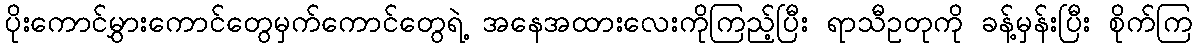
ပိုးကောင်မွှားကောင်တွေမှက်ကောင်တွေရဲ့ အနေအထားလေးကိုကြည့်ပြီး ရာသီဥတုကို ခန့်မှန်းပြီး စိုက်ကြ